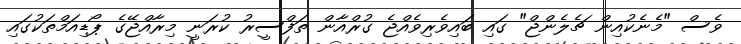
ވެސް "މެނެކުއިން ޗެލެންޖް" ގައި ބައިވެރިވެއްޖެ ގުރްއާން ތަފްސީރު ކުރަނީ މިރާއްޖޭގެ ޕޯޑިއަމްތަކުގައި